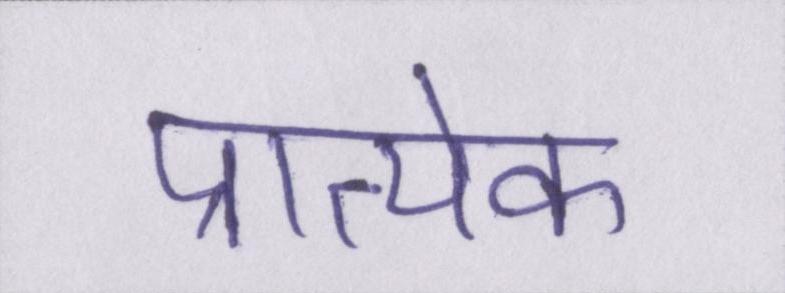
प्रात्येक